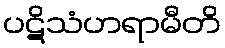
ပဋိသံဟရာမီတိ